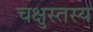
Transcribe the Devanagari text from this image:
चक्षुस्तस्य